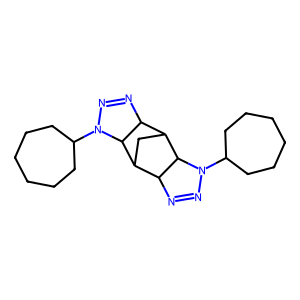
SMILES: C1CCCC(N2N=NC3C4CC(C5N=NN(C6CCCCCC6)C45)C32)CC1
Inhibits HIV replication: No